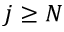
j \ge N